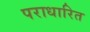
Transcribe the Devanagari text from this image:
पराधारित